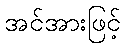
အင်အားဖြင့်